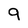
Character: 9